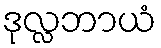
ဒုလ္လဘာယံ